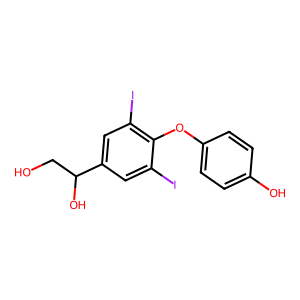
SMILES: OCC(O)c1cc(I)c(Oc2ccc(O)cc2)c(I)c1
Inhibits HIV replication: No